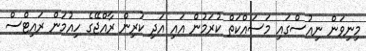
މިނިވަން ނިއުސްގައި މަސައްކަތް ކުރަމުން އައި އަދި ކުރިން ރާއްޖޭގެ ހިއުމަން ރައިޓްސް